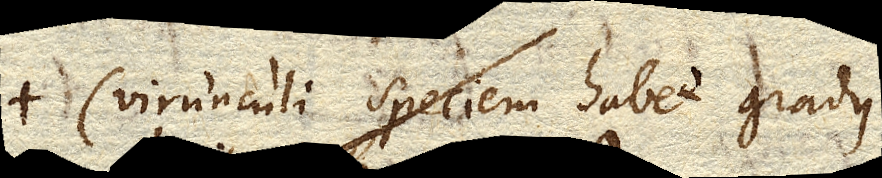
(virunculi speciem habet gradus